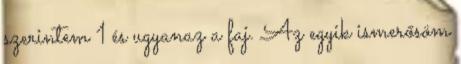
szerintem 1 és ugyanaz a faj. Az egyik ismerősöm